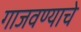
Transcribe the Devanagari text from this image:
गाजवण्याचे